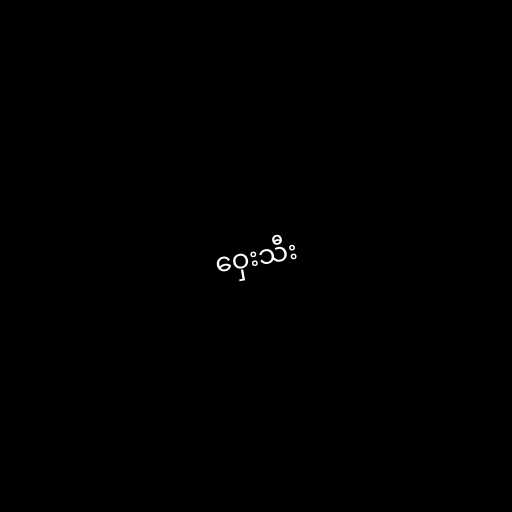
ဝှေးသီး